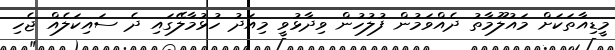
މީޑިއާތަކަށް މައުލޫމާތު ދެއްވަމުން ފުލުހުން ވިދާޅުވީ މިއަދު ހުޅުމާލޭގައި ދެ ސައިކަލެއް ޖެހި